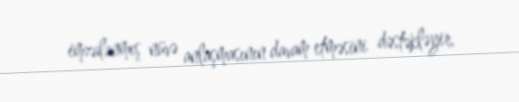
imzalanmış nüvə anlaşmasının davam etməsini dəstəkləyir.